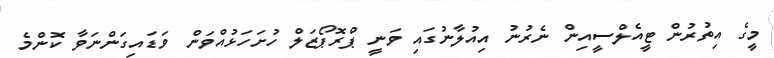
މީގެ އިތުރުން ޓީއެލްސީއިން ނެރުނު އިއުލާނުގައި ވަނީ ޕްރޮޕޯޒަލް ހުށަހަޅުއްވަން ވަޑައިގަންނަވާ ކޮންމެ